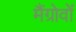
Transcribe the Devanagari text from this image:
मैंग्रोवों